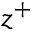
z ^ { + }